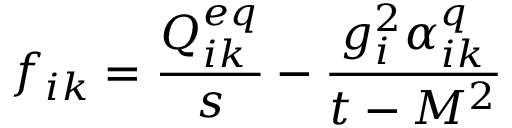
f _ { i k } = \frac { Q _ { i k } ^ { e q } } { s } - \frac { g _ { i } ^ { 2 } \alpha _ { i k } ^ { q } } { t - M ^ { 2 } }